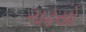
ચઢયો